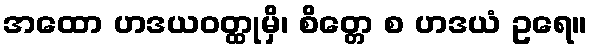
အထော ဟဒယဝတ္ထုမှိ၊ စိတ္တေ စ ဟဒယံ ဥရေ။